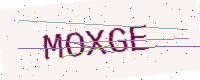
Text: MOXGE